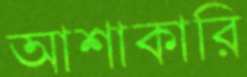
আশাকারি